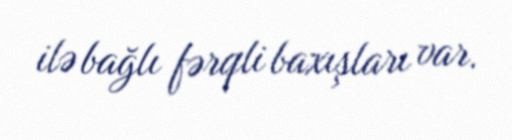
ilə bağlı fərqli baxışları var.